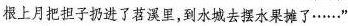
根上月把担子扔进了里，到水城去摆水果摊了……”